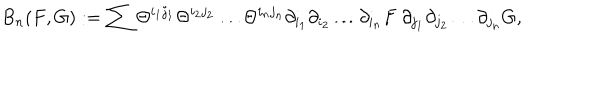
LaTeX: B _ { n } ( F , G ) : = \sum \Theta ^ { i _ { 1 } j _ { 1 } } \Theta ^ { i _ { 2 } j _ { 2 } } \dots \Theta ^ { i _ { n } j _ { n } } \partial _ { i _ { 1 } } \partial _ { i _ { 2 } } \dots \partial _ { i _ { n } } F \ \partial _ { j _ { 1 } } \partial _ { j _ { 2 } } \dots \partial _ { j _ { n } } G ,